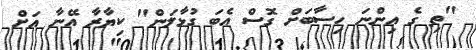
"ތި ގެ އިންނަ ހިސާބަށް ގޮސް އެބަ ގުޅާލަން" ކިޔާރާ އޭނާ އަށް